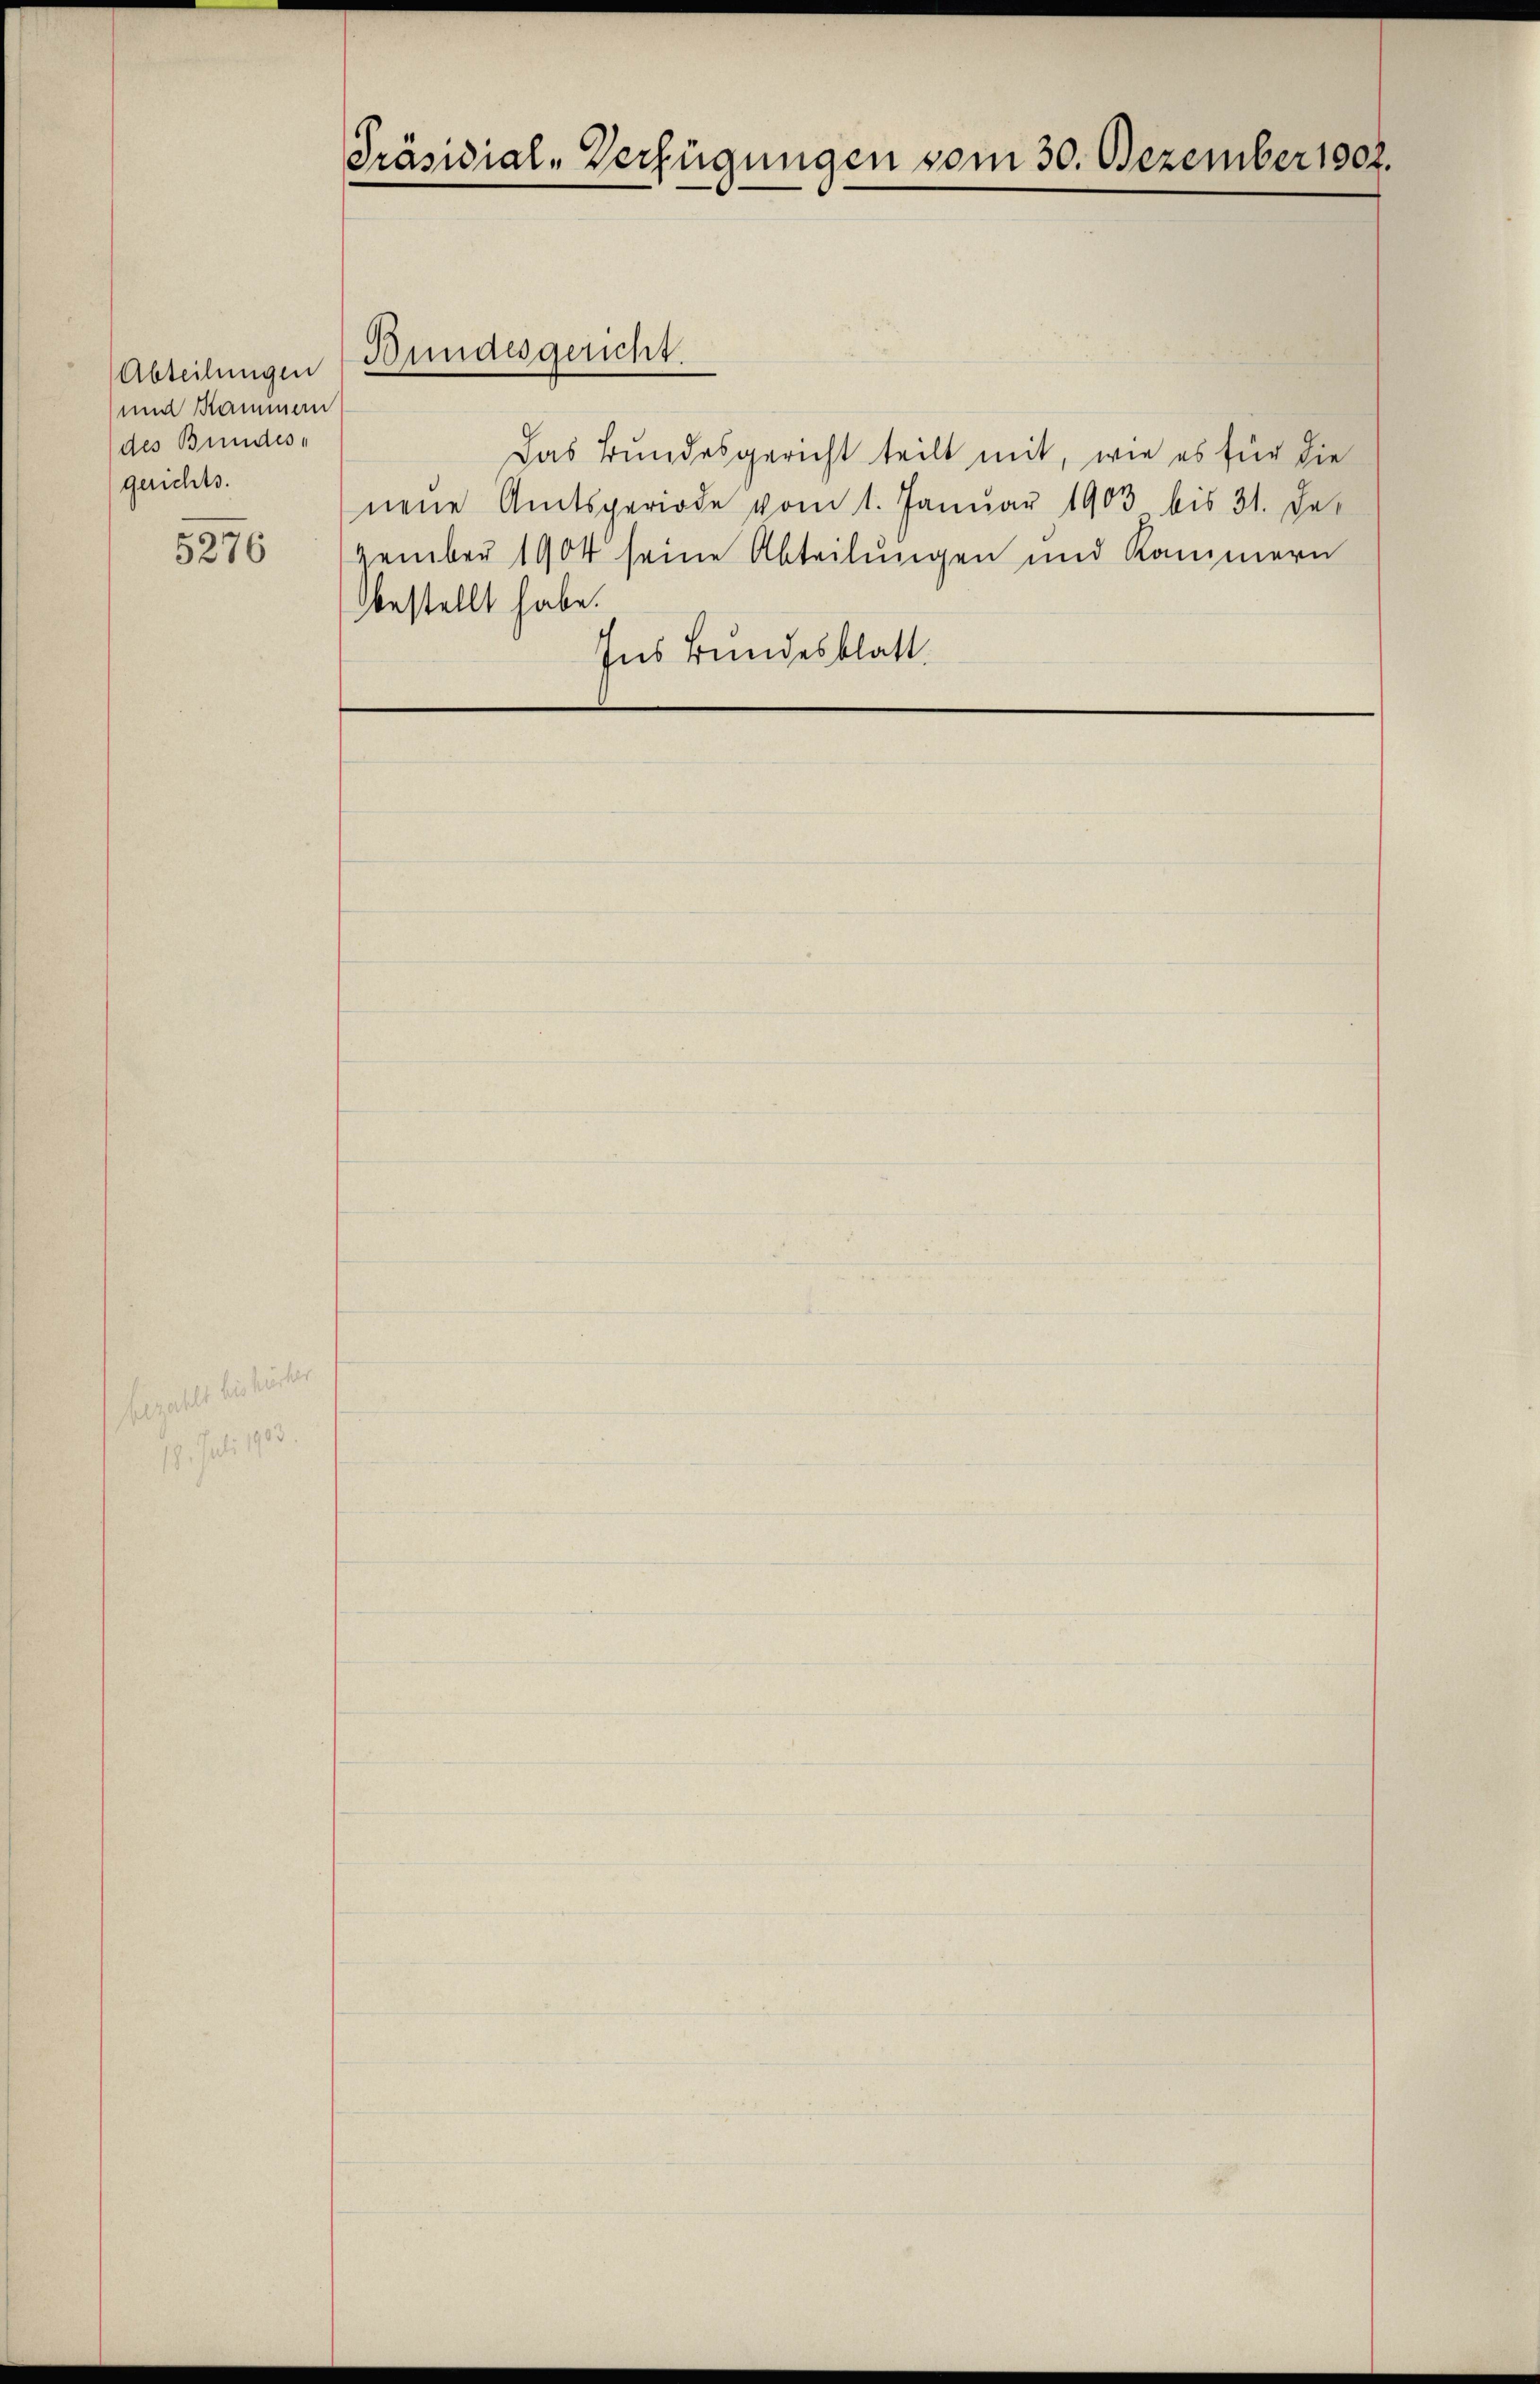
Abteilungen
und Kammen
des Bundes-
gerichts.

5276

Präsidial-Verfügungen vom 30. Dezember 1802.

Bundesgericht.

Das Bundesgericht teilt mit, wie es für die
neŭe Amtsperiode vom 1. Januar 1903 bis 31. De
zember 1904 seine Abteilungen und Kammern
bestellt habe.
Ins Bundesblatt.